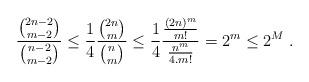
LaTeX: \begin{align*} \frac{\binom{2n-2}{m-2}}{\binom{n-2}{m-2}} \leq \frac{1}{4} \frac{\binom{2n}{m}}{\binom{n}{m}} \leq \frac14 \frac{\frac{(2n)^m}{m!}}{\frac{n^m}{4.m!}} = 2^m \leq 2^M\;. \end{align*}